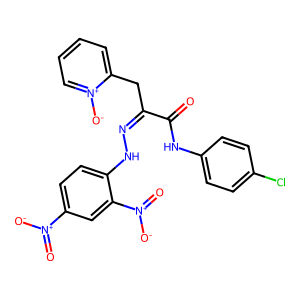
SMILES: O=C(Nc1ccc(Cl)cc1)C(Cc1cccc[n+]1[O-])=NNc1ccc([N+](=O)[O-])cc1[N+](=O)[O-]
Inhibits HIV replication: No